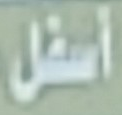
أسفل